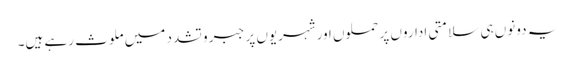
یہ دونوں ہی سلامتی اداروں پر حملوں اورشہریوں پر جبر و تشدد میں ملوث رہے ہیں۔